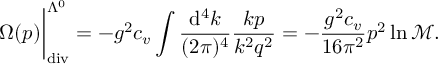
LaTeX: \Omega ( p ) \bigg | _ { \mathrm { d i v } } ^ { \Lambda ^ { 0 } } = - g ^ { 2 } c _ { v } \int \frac { \mathrm { d } ^ { 4 } k } { ( 2 \pi ) ^ { 4 } } \frac { k p } { k ^ { 2 } q ^ { 2 } } = - \frac { g ^ { 2 } c _ { v } } { 1 6 \pi ^ { 2 } } p ^ { 2 } \ln \mathcal { M } .